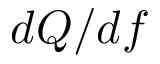
d Q / d f